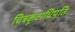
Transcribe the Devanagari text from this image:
चित्रकूटाधिपति